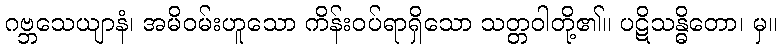
ဂဗ္ဘသေယျာနံ၊ အမိဝမ်းဟူသော ကိန်းဝပ်ရာရှိသော သတ္တဝါတို့၏။ ပဋိသန္ဓိတော၊ မှ။